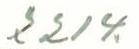
22/4.